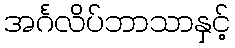
အင်္ဂလိပ်ဘာသာနှင့်